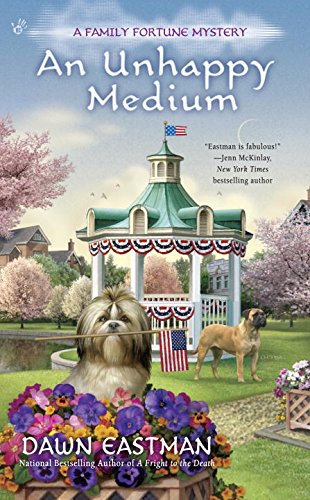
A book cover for An Unhappy Medium: A Family Fortune Mystery; Dawn Eastman; Mystery, Thriller & Suspense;